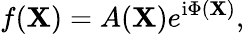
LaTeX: f(\mathbf{X})=A(\mathbf{X})e^{\mathrm{{i}}\Phi(\mathbf{X})},